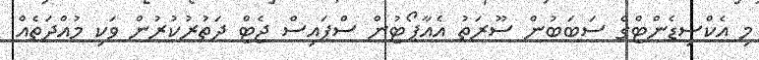
މި އެކްސިޑެންޓްގެ ސަބަބުން ސޫރަތު އެއާޕޯޓުން ސްޕައިސް ޖެޓް ދަތުރުކުރުން ވަކި މުއްދަތެއް